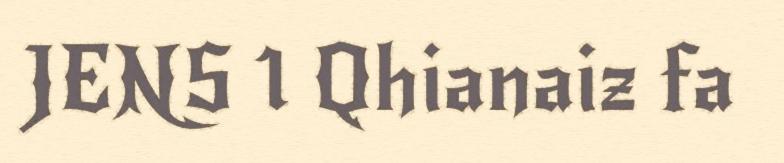
JENS 1 Qhianaiz fa